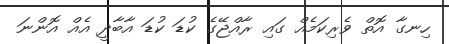
ހިނގާ އޮތް ވެރިކަމެއް ގައި ރާއްޖޭގެ ކުޑަ ކުޑަ އާބާދީ އެއް އޮންނަ